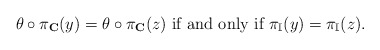
\begin{align*}\theta \circ \pi_{\mathbf{C}}(y) = \theta \circ \pi_{\mathbf{C}}(z) \mbox{ if and only if } \pi_{\mathbb{I}}(y) = \pi_{\mathbb{I}}(z).\end{align*}